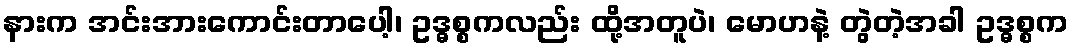
နားက အင်းအားကောင်းတာပေါ့၊ ဥဒ္ဓစ္စကလည်း ထို့အတူပဲ၊ မောဟနဲ့ တွဲတဲ့အခါ ဥဒ္ဓစ္စက